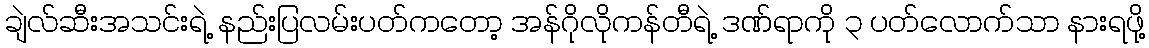
ချဲလ်ဆီးအသင်းရဲ့ နည်းပြလမ်းပတ်ကတော့ အန်ဂိုလိုကန်တီရဲ့ ဒဏ်ရာကို ၃ ပတ်လောက်သာ နားရဖို့